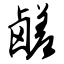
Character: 鹾